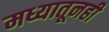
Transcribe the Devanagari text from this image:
मध्यातूनही